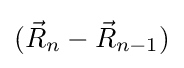
({\vec {R}}_{n}-{\vec {R}}_{n-1})